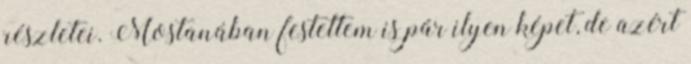
részletei. Mostanában festettem is pár ilyen képet, de azért